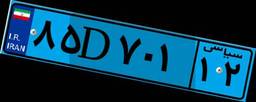
۸۵D۷۰۱۱۲